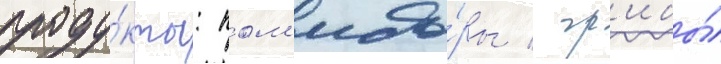
проду́кты: пом'идо́ры / гр'ибы́